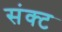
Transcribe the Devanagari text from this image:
संक्ट